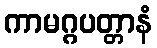
ကာမဂ္ဂပတ္တာနံ